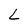
Character: L